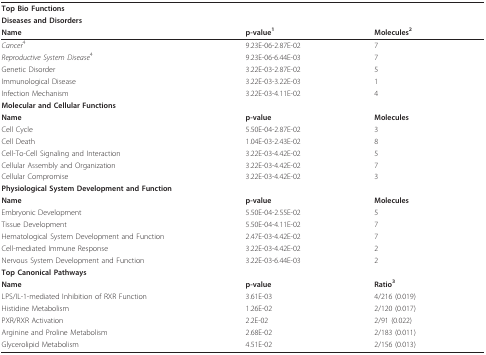
<table><thead><tr><td><b>Top Bio Functions</b></td><td></td><td></td></tr><tr><td><b>Diseases and Disorders</b></td><td></td><td></td></tr><tr><td><b>Name</b></td><td><b>p-value<sup>1</sup></b></td><td><b>Molecules<sup>2</sup></b></td></tr></thead><tbody><tr><td><i>Cancer</i><sup>4</sup></td><td>9.23E-06-2.87E-02</td><td>7</td></tr><tr><td><i>Reproductive System Disease</i><sup>4</sup></td><td>9.23E-06-6.44E-03</td><td>7</td></tr><tr><td>Genetic Disorder</td><td>3.22E-03-2.87E-02</td><td>5</td></tr><tr><td>Immunological Disease</td><td>3.22E-03-3.22E-03</td><td>1</td></tr><tr><td>Infection Mechanism</td><td>3.22E-03-4.11E-02</td><td>4</td></tr><tr><td><b>Molecular and Cellular Functions</b></td><td></td><td></td></tr><tr><td><b>Name</b></td><td><b>p-value</b></td><td><b>Molecules</b></td></tr><tr><td>Cell Cycle</td><td>5.50E-04-2.87E-02</td><td>3</td></tr><tr><td>Cell Death</td><td>1.04E-03-2.43E-02</td><td>8</td></tr><tr><td>Cell-To-Cell Signaling and Interaction</td><td>3.22E-03-4.42E-02</td><td>5</td></tr><tr><td>Cellular Assembly and Organization</td><td>3.22E-03-4.42E-02</td><td>7</td></tr><tr><td>Cellular Compromise</td><td>3.22E-03-4.42E-02</td><td>3</td></tr><tr><td><b>Physiological System Development and Function</b></td><td></td><td></td></tr><tr><td><b>Name</b></td><td><b>p-value</b></td><td><b>Molecules</b></td></tr><tr><td>Embryonic Development</td><td>5.50E-04-2.55E-02</td><td>5</td></tr><tr><td>Tissue Development</td><td>5.50E-04-4.11E-02</td><td>7</td></tr><tr><td>Hematological System Development and Function</td><td>2.47E-03-4.42E-02</td><td>7</td></tr><tr><td>Cell-mediated Immune Response</td><td>3.22E-03-4.42E-02</td><td>2</td></tr><tr><td>Nervous System Development and Function</td><td>3.22E-03-6.44E-03</td><td>2</td></tr><tr><td><b>Top Canonical Pathways</b></td><td></td><td></td></tr><tr><td><b>Name</b></td><td><b>p-value</b></td><td><b>Ratio<sup>3</sup></b></td></tr><tr><td>LPS/IL-1-mediated Inhibition of RXR Function</td><td>3.61E-03</td><td>4/216 (0.019)</td></tr><tr><td>Histidine Metabolism</td><td>1.26E-02</td><td>2/120 (0.017)</td></tr><tr><td>PXR/RXR Activation</td><td>2.2E-02</td><td>2/91 (0.022)</td></tr><tr><td>Arginine and Proline Metabolism</td><td>2.68E-02</td><td>2/183 (0.011)</td></tr><tr><td>Glycerolipid Metabolism</td><td>4.51E-02</td><td>2/156 (0.013)</td></tr></tbody></table>